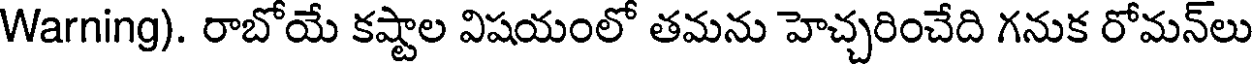
Warning). రాబోయే కష్టాల విషయంలో తమను హెచ్చరించేది గనుక రోమన్లు